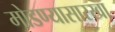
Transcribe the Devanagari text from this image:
मोडण्यासारखा